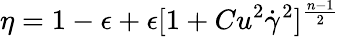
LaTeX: \eta=1-\epsilon+\epsilon[1+Cu^{2}\dot{\gamma}^{2}]^{\frac{n-1}{2}}